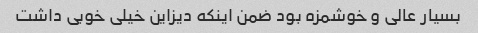
بسیار عالی و خوشمزه بود ضمن اینکه دیزاین خیلی خوبی داشت